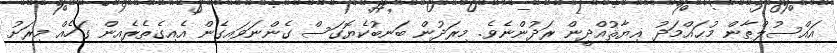
އައްސުލްޠާން މުޙައްމަދު ޣިޔާޘުއްދީން ރަދުންނެވެ. މިރަދުން ބަނބުކެޔޮގަސް ގެންނަވައިގެން އެއިގެތެރެއިން ގަހެއް މިރަށު